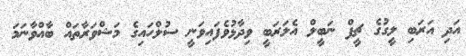
އަދި އަރަބި ލީގުގެ ޗީފް ނަބީލް އެލަރަބީ ވިދާޅުވެފައިވަނީ ސުލްހައިގެ މަޝްވަރާތައް ބާއްވާނަމަ